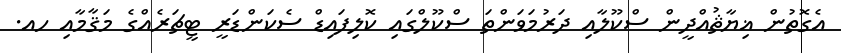
އެގޮތުން ޣިޔާޘުއްދީން ސްކޫލާއި ދަރުމަވަންތަ ސްކޫލްގައި ކޮލިފައިޑް ސެކަންޑަރީ ޓީޗަރެއްގެ މަޤާމާއި ހއ.